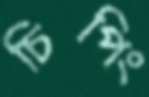
চিপিং